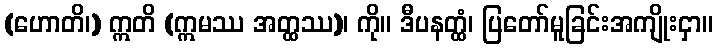
(ဟောတိ၊) ဣတိ (ဣမဿ အတ္ထဿ)၊ ကို။ ဒီပနတ္ထံ၊ ပြတော်မူခြင်းအကျိုးငှာ။